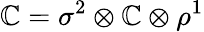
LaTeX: {\cal\mathbb{C}}=\sigma^{2}\otimes\mathbb{C}\otimes\rho^{1}